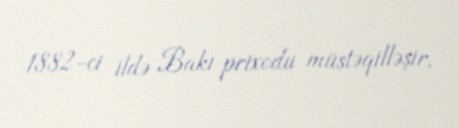
1882-ci ildə Bakı prixodu müstəqilləşir.